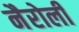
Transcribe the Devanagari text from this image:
नैरोली